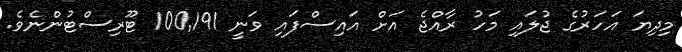
މިދިޔަ އަހަރުގެ ޖުލައި މަހު ރާއްޖެ އަށް އައިސްފައި ވަނީ 100